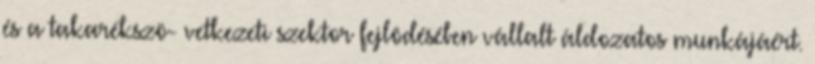
és a takarékszö- vetkezeti szektor fejlôdésében vállalt áldozatos munkájáért.